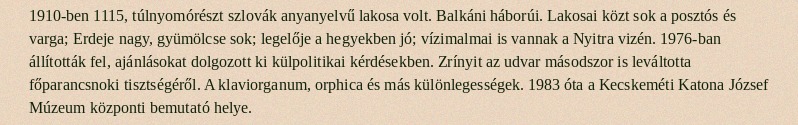
1910-ben 1115, túlnyomórészt szlovák anyanyelvű lakosa volt. Balkáni háborúi. Lakosai közt sok a posztós és varga; Erdeje nagy, gyümölcse sok; legelője a hegyekben jó; vízimalmai is vannak a Nyitra vizén. 1976-ban állították fel, ajánlásokat dolgozott ki külpolitikai kérdésekben. Zrínyit az udvar másodszor is leváltotta főparancsnoki tisztségéről. A klaviorganum, orphica és más különlegességek. 1983 óta a Kecskeméti Katona József Múzeum központi bemutató helye.